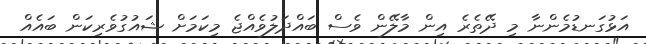
އަޅުގަނޑުމެންނާ މި ދޭތެރެ އިން މާލޭން ވެސް ބައްދަލުވެއްޖެ މިކަމަށް ޝައުގުވެރިކަން ބައެއް